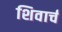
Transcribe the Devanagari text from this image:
शिवार्च